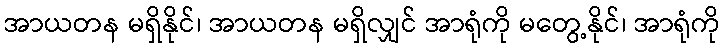
အာယတန မရှိနိုင်၊ အာယတန မရှိလျှင် အာရုံကို မတွေ့နိုင်၊ အာရုံကို